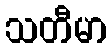
သတီမာ